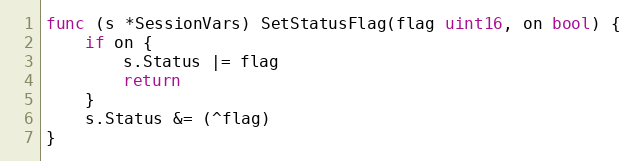
Language: Go
func (s *SessionVars) SetStatusFlag(flag uint16, on bool) {
	if on {
		s.Status |= flag
		return
	}
	s.Status &= (^flag)
}